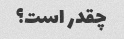
چقدر است؟